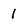
Character: 1